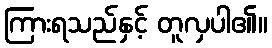
ကြားရသည်နှင့် တူလှပါ၏။